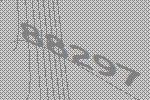
88297